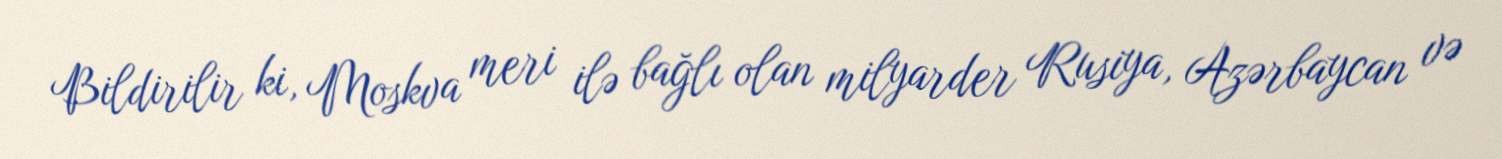
Bildirilir ki, Moskva meri ilə bağlı olan milyarder Rusiya, Azərbaycan və